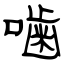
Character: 噛